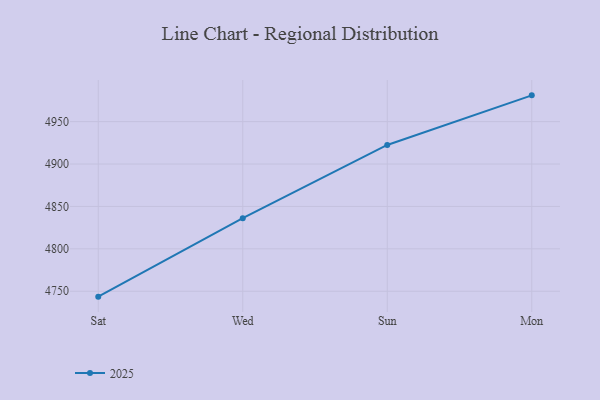
{"axis": {"x": "Day", "y": "Latency (ms)"}, "legend": ["2025"], "data": [{"x": "Sat", "y": 4743.6, "type": "2025"}, {"x": "Wed", "y": 4836.2, "type": "2025"}, {"x": "Sun", "y": 4922.5, "type": "2025"}, {"x": "Mon", "y": 4981.0, "type": "2025"}]}